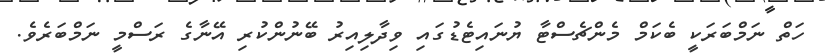
ހަތް ނަމްބަރަކީ ބެކަމް މެންޗެސްޓާ ޔުނައިޓެޑުގައި ވިދާލިއިރު ބޭނުންކުރި އޭނާގެ ރަސްމީ ނަމްބަރެވެ.